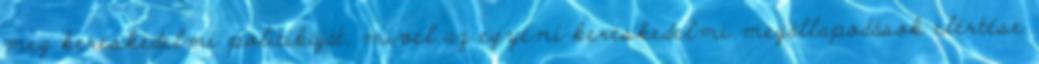
meg kereskedelmi politikáját, mivel az egyéni kereskedelmi megállapodások elértése